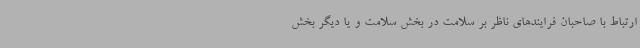
ارتباط با صاحبان فرایندهای ناظر بر سلامت در بخش سلامت و یا دیگر بخش